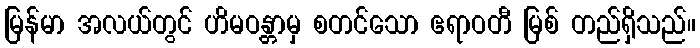
မြန်မာ အလယ်တွင် ဟိမဝန္တာမှ စတင်သော ဧရာဝတီ မြစ် တည်ရှိသည်။